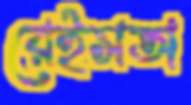
রেইসঅ